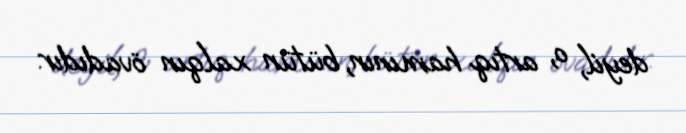
deyil, o, artıq hamının, bütün xalqın övadıdır.